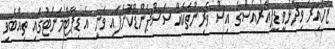
ޒުހައިރު ވިދާޅުވީ ޑީޕީއާރުއެސްގެ އިސް ވެރިންތަކެއް ސަސްޕެންޑްކޮށްފައި ވަނީ އެ ޑިޕާޓްމަންޓުގައި ތިއްބެވި